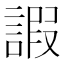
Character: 𧪕